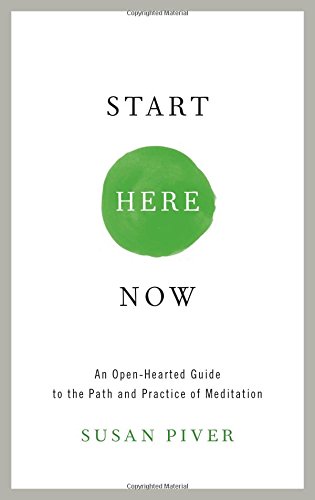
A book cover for Start Here Now: An Open-Hearted Guide to the Path and Practice of Meditation; Susan Piver; Religion & Spirituality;